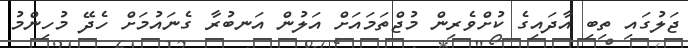
ޖަލުގައި ތިބި އާދައިގެ ކުށްވެރިން މުޖްތަމައަށް އަލުން އަނބުރާ ގެނައުމަށް ހެދޭ މުހިންމު